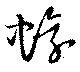
蠉